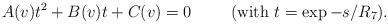
\begin{align*}A(v)t^2 + B(v)t + C(v)=0 \hspace{1cm} (\hbox{with $t=\exp -s/R_7$}).\end{align*}